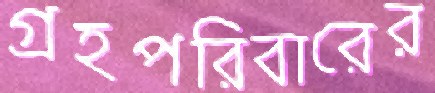
গ্রহপরিবারের